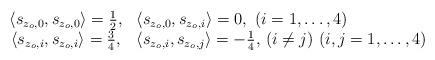
LaTeX: \begin{align*} \begin{array}{cl} \langle s_{z_o, 0}, s_{z_o, 0}\rangle = \frac 12, & \langle s_{z_o,0}, s_{z_o, i} \rangle = 0, \,\, (i = 1, \ldots, 4) \\ \langle s_{z_o, i}, s_{z_o, i}\rangle = \frac 34, & \langle s_{z_o, i}, s_{z_o, j}\rangle = -\frac 14, \, (i\neq j)\,\, (i, j = 1, \ldots, 4) \end{array} \end{align*}